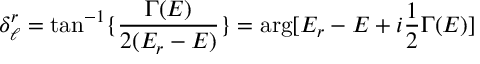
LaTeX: \delta _ { \ell } ^ { r } = \tan ^ { - 1 } \{ { \frac { \Gamma ( E ) } { 2 ( E _ { r } - E ) } } \} = \arg [ E _ { r } - E + i { \frac { 1 } { 2 } } \Gamma ( E ) ]